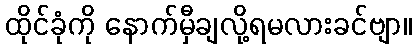
ထိုင်ခုံကို နောက်မှီချလို့ရမလားခင်ဗျာ။